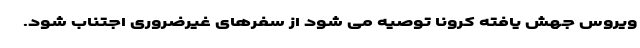
ویروس جهش یافته کرونا توصیه می شود از سفرهای غیرضروری اجتناب شود.